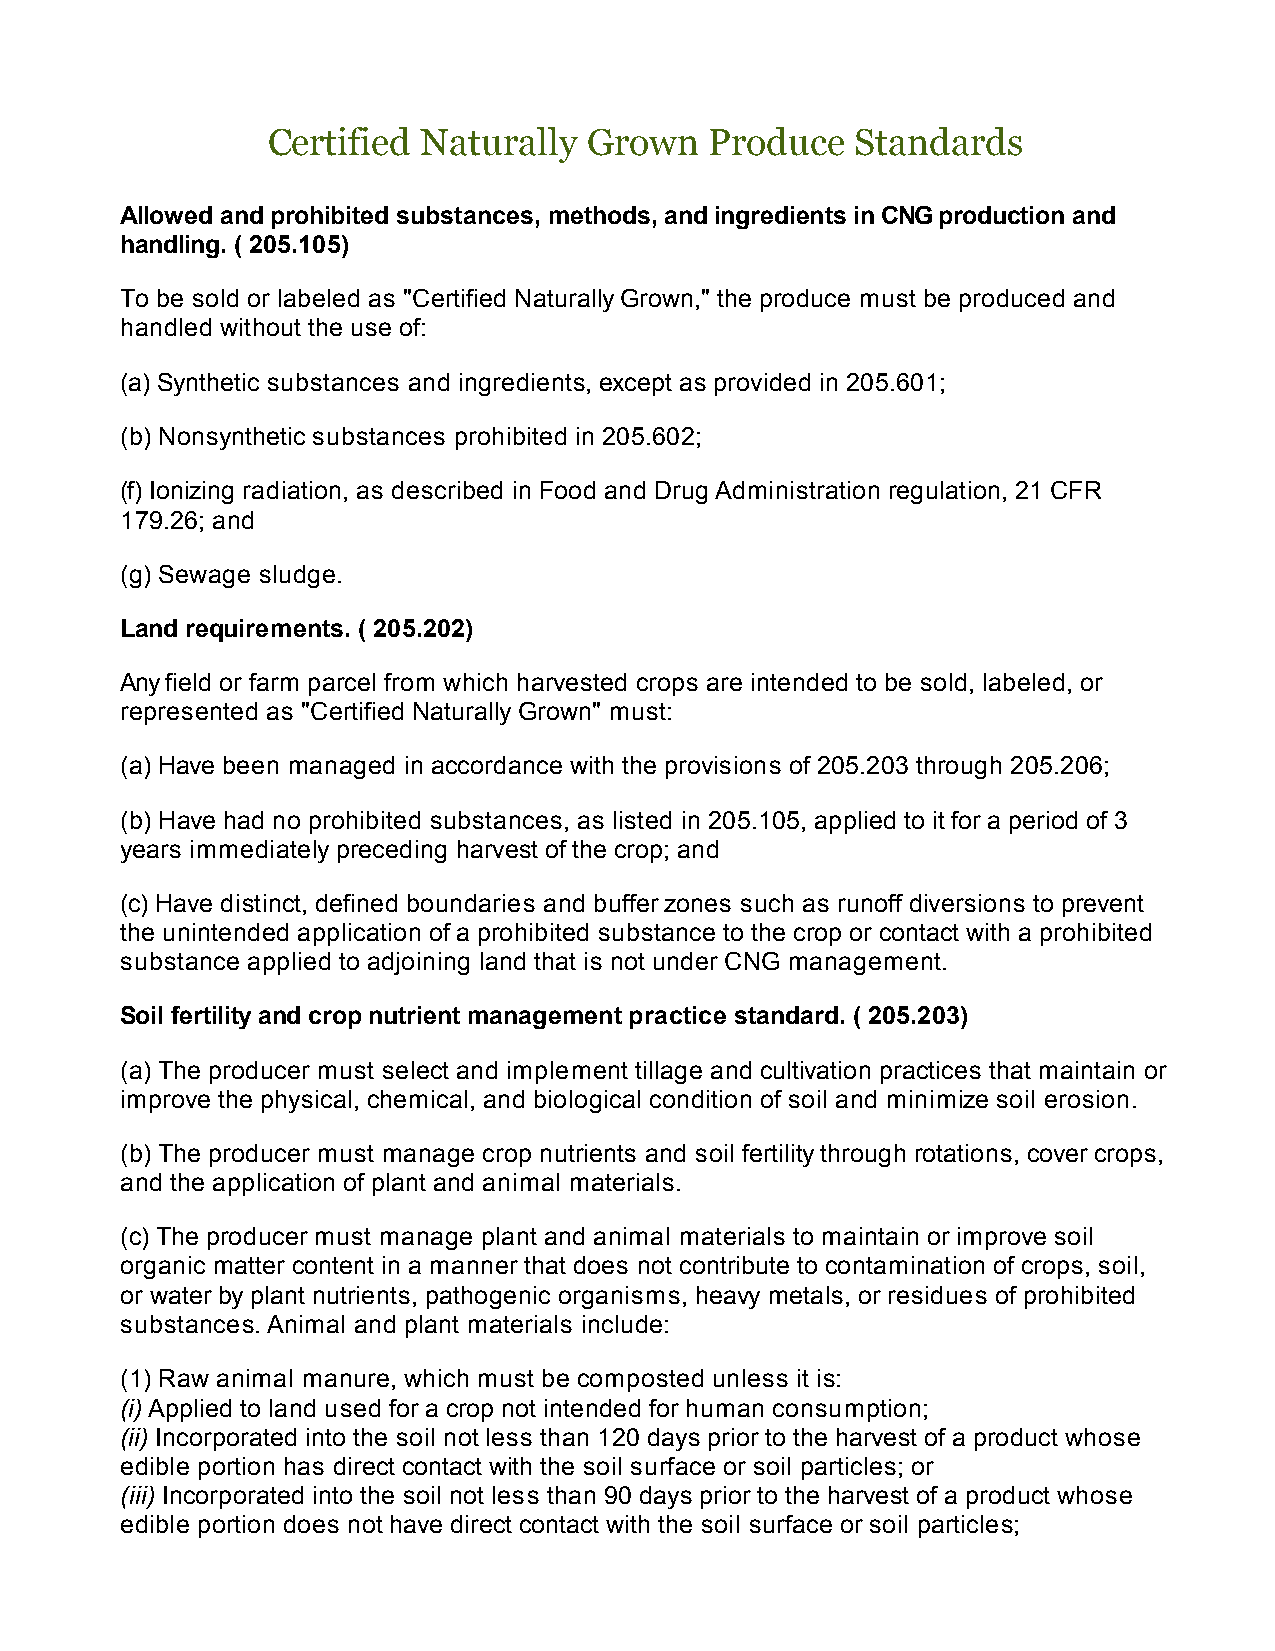
Certified Naturally  Grown   Produce   Standards
 Allowed and prohibited substances, methods, and ingredients in CNG production and
 handling. ( 205.105)
 To be sold or labeled as "Certified Naturally Grown," the produce must be produced and
 handled without the use of:
 (a) Synthetic substances and ingredients, except as provided in 205.601;
 (b) Nonsynthetic substances prohibited in 205.602;
 (f) Ionizing radiation, as described in Food and Drug Administration regulation, 21 CFR
 179.26; and
 (g) Sewage sludge.
 Land requirements. ( 205.202)
 Any field or farm parcel from which harvested crops are intended to be sold, labeled, or
 represented as "Certified Naturally Grown" must:
 (a) Have been managed in accordance with the provisions of 205.203 through 205.206;
 (b) Have had no prohibited substances, as listed in 205.105, applied to it for a period of 3
 years immediately preceding harvest of the crop; and
 (c) Have distinct, defined boundaries and buffer zones such as runoff diversions to prevent
 the unintended application of a prohibited substance to the crop or contact with a prohibited
 substance applied to adjoining land that is not under CNG management.
 Soil fertility and crop nutrient management practice standard. ( 205.203)
 (a) The producer must select and implement tillage and cultivation practices that maintain or
 improve the physical, chemical, and biological condition of soil and minimize soil erosion.
 (b) The producer must manage crop nutrients and soil fertility through rotations, cover crops,
 and the application of plant and animal materials.
 (c) The producer must manage plant and animal materials to maintain or improve soil
 organic matter content in a manner that does not contribute to contamination of crops, soil,
 or water by plant nutrients, pathogenic organisms, heavy metals, or residues of prohibited
 substances. Animal and plant materials include:
 (1) Raw animal manure, which must be composted unless it is:
 (i) Applied to land used for a crop not intended for human consumption;
 (ii) Incorporated into the soil not less than 120 days prior to the harvest of a product whose
 edible portion has direct contact with the soil surface or soil particles; or
 (iii) Incorporated into the soil not less than 90 days prior to the harvest of a product whose
 edible portion does not have direct contact with the soil surface or soil particles;